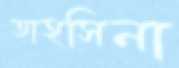
তাহসিনা